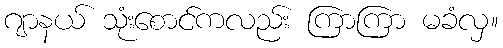
ဂျာနယ် သုံးစောင်ကလည်း ကြာကြာ မခံလှ။